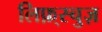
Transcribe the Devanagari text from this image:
लिफ़्स्चुज़